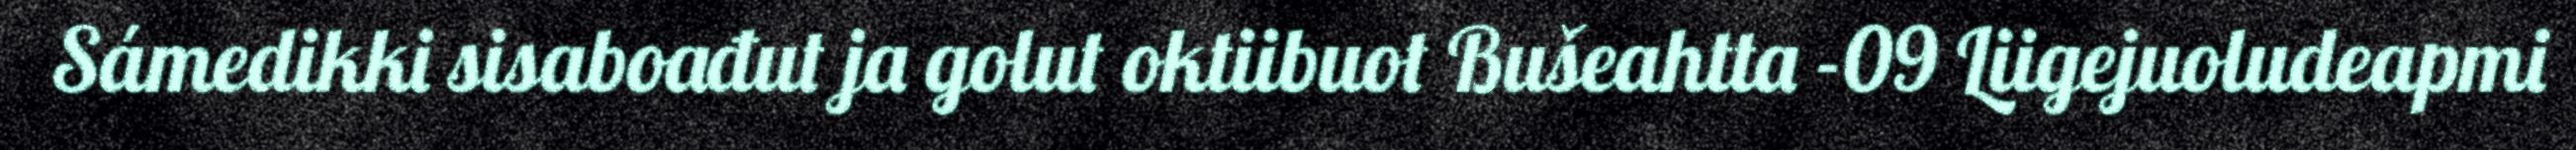
Sámedikki sisaboađut ja golut oktiibuot Bušeahtta -09 Liigejuoludeapmi